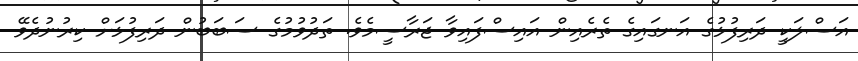
އަސްލަކީ ދަރިފުޅުގެ އަނގައިގެ ތެރެއިން އައިސްފައިވާ ޖަރާސީމެވެ. ތަދުވުމުގެ ސަބަބުން ދަރިފުޅަށް ކިރުނުދެވޭ